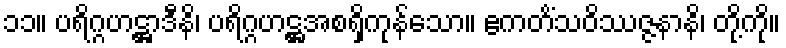
၁၁။ ပရိဂ္ဂဟဋ္ဌာဒီနိ၊ ပရိဂ္ဂဟဋ္ဌအစရှိကုန်သော။ ဧကတိံသဝိဿဇ္ဇနာနိ၊ တို့ကို။